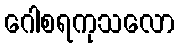
ဂေါစရကုသလော